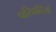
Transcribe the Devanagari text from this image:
परिवादियों